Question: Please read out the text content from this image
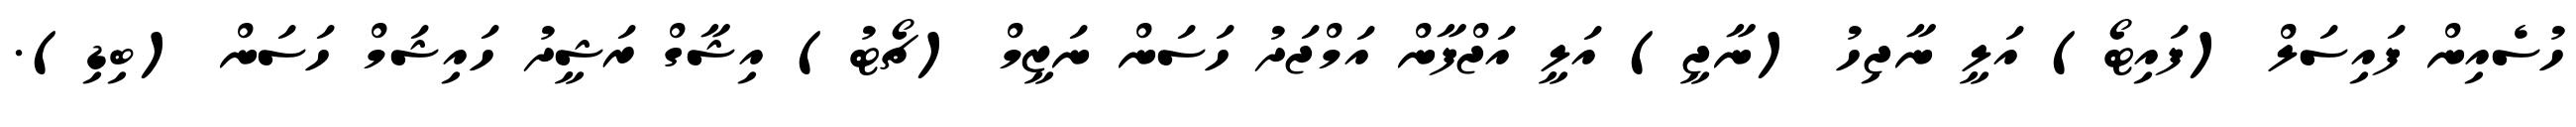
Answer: ހުސެއިން ފައިސަލް (ފައިޓޯ) އަލީ ނާޖިހު (ނާޖީ) އަލީ އަޖްފާން އަމްޖަދު ހަސަން ނަޒީމް (ޗޯޓު) އިޝާގް ރަޝީދު ހައިޝަމް ހަސަން (ބިޑި).